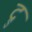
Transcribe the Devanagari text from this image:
द्रु